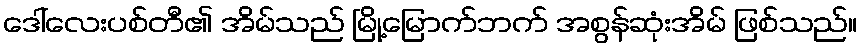
ဒေါ်လေးပစ်တီ၏ အိမ်သည် မြို့မြောက်ဘက် အစွန်ဆုံးအိမ် ဖြစ်သည်။